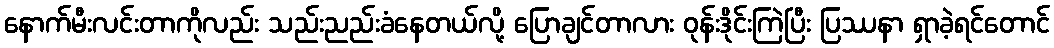
နောက်မီးလင်းတာကိုလည်း သည်းညည်းခံနေတယ်လို့ ပြောချင်တာလား ဝုန်းဒိုင်းကြဲပြီး ပြဿနာ ရှာခဲ့ရင်တောင်